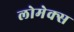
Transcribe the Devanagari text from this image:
लोमेक्स